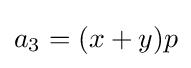
a_{3}=(x+y)p